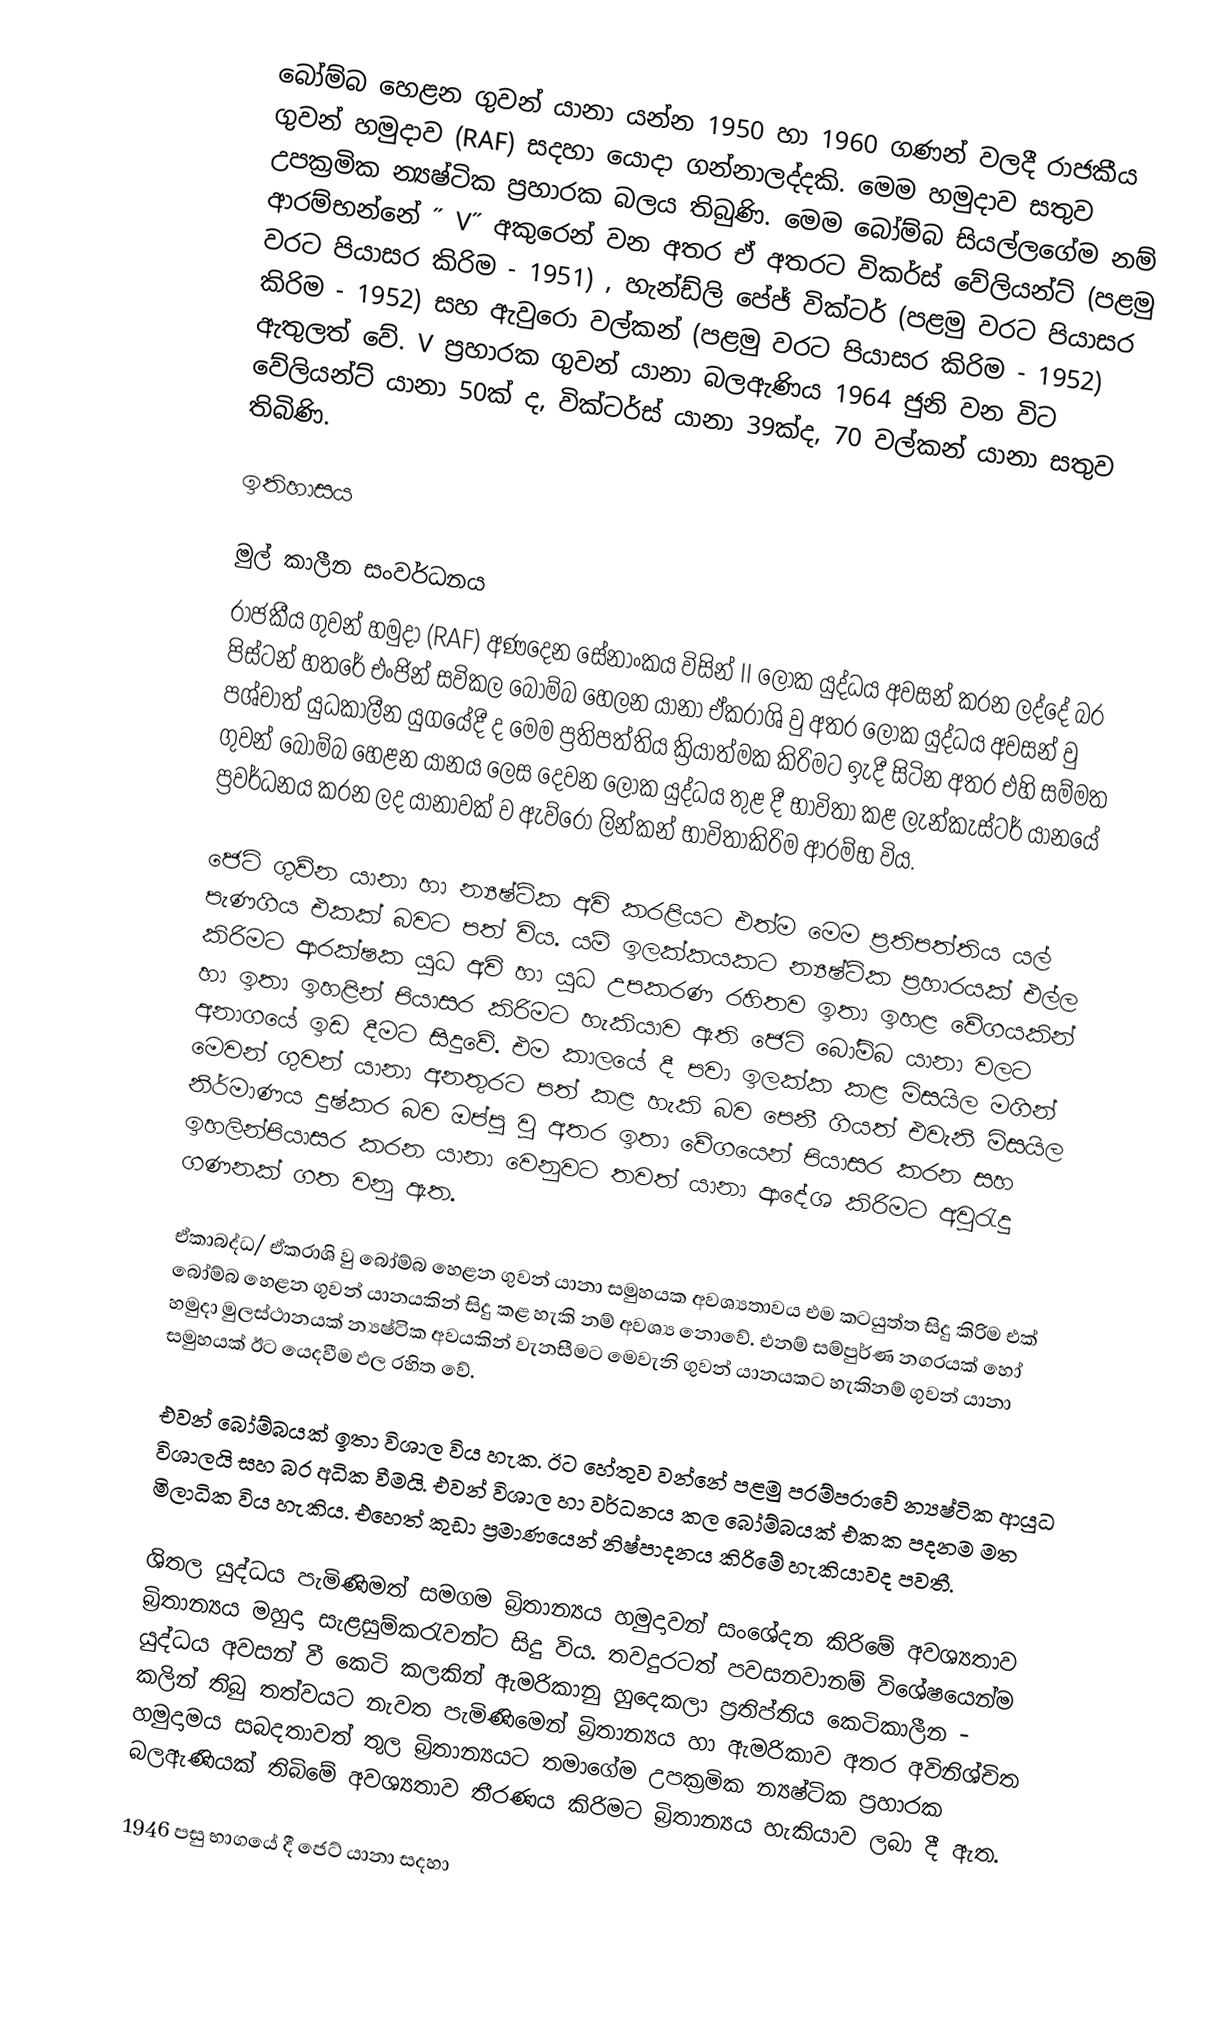
බෝම්බ හෙළන ගුවන් යානා යන්න 1950 හා 1960 ගණන් වලදී රාජකීය ගුවන් හමුදාව (RAF) සදහා යොදා ගන්නාලද්දකි. මෙම හමුදාව සතුව උපක්‍රමික න්‍යෂ්ටික ප්‍රහාරක බලය තිබුණි. මෙම බෝම්බ සියල්ලගේම නම් ආරම්භන්නේ ˝ V˝ අකුරෙන් වන අතර ඒ අතරට විකර්ස් වේලියන්ට් (පළමු වරට පියාසර කිරිම - 1951) , හැන්ඩ්ලි පේජ්  වික්ටර් (පළමු වරට පියාසර කිරිම - 1952) සහ ඇවුරො වල්කන් (පළමු වරට පියාසර කිරිම - 1952)  ඇතුලත් වේ. V ප්‍රහාරක ගුවන් යානා බලඇණිය 1964 ජුනි වන විට වේලියන්ට් යානා 50ක් ද, වික්ටර්ස් යානා 39ක්ද, 70 වල්කන් යානා සතුව තිබිණි.

ඉතිහාසය

මුල් කාලීන සංවර්ධනය
රාජකීය ගුවන් හමුදා (RAF) අණදෙන සේනාංකය විසින් II ලෝක යුද්ධය අවසන් කරන ලද්දේ බර පිස්ටන් හතරේ එංජින් සවිකල බෝම්බ හෙලන යානා ඒකරාශි වු අතර ලෝක යුද්ධය අවසන් වු පශ්චාත් යුධකාලීන යුගයේදී ද මෙම ප්‍රතිපත්තිය ක්‍රියාත්මක කිරිමට ඉැදී සිටින අතර එහි සම්මත ගුවන් බෝම්බ හෙළන යානය ලෙස දෙවන ලෝක යුද්ධය තුළ දී භාවිතා කළ ලැන්කැස්ටර් යානයේ ප්‍රවර්ධනය කරන ලද යානාවක් ව ඇව්රෝ ලින්කන් භාවිතාකිරිම ආරම්භ විය.

ජෙට් ගුව්න යානා හා න්‍යෂ්ටික අවි කරළියට එත්ම මෙම ප්‍රතිපත්තිය යල් පැණගිය එකක් බවට පත් විය. යම් ඉලක්කයකට න්‍යෂ්ටික ප්‍රහාරයක් එල්ල කිරිමට ආරක්ෂක යුධ අවි හා යුධ උපකරණ රහිතව ඉතා ඉහළ වේගයකින් හා ඉතා ඉහළින් පියාසර කිරිමට හැකියාව ඇති ජෙට් බෝම්බ යානා වලට අනාගයේ ඉඩ දීමට සිදුවේ. එම කාලයේ දී පවා ඉලක්ක කළ මිසයිල මගින් මෙවන් ගුවන් යානා අනතුරට පත් කළ හැකි බව පෙනී ගියත් එවැනි මිසයිල නිර්මාණය දුෂ්කර බව ඔප්පු වු අතර ඉතා වේගයෙන් පියාසර කරන සහ ඉහලින්පියාසර කරන යානා වෙනුවට තවත් යානා ආදේශ කිරිමට අවුරැදු ගණනක් ගත වනු ඇත.

ඒකාබද්ධ/ ඒකරාශි වු බෝම්බ හෙළන ගුවන් යානා සමුහයක අවශ්‍යතාවය එම කටයුත්ත සිදු කිරිම එක් බෝම්බ හෙළන ගුවන් යානයකින් සිදු කළ හැකි නම් අවශ්‍ය නොවේ. එනම් සම්පුර්ණ නගරයක් හෝ හමුදා මුලස්ථානයක් න්‍යෂ්ටික අවයකින් වැනසීමට මෙවැනි ගුවන් යානයකට හැකිනම් ගුවන් යානා සමුහයක් ඊට යෙදවීම ඵල රහිත වේ.

එවන් බෝම්බයක් ඉතා විශාල විය හැක. ඊ‍ට හේතුව වන්නේ පළමු පරම්පරාවේ න්‍යෂ්ටික ආයුධ විශාලයි සහ බර අධික වීමයි. එවන් විශාල හා වර්ධනය කල බෝම්බයක් එකක පදනම මත මිලාධික විය හැකිය. එහෙත් කුඩා ප්‍රමාණයෙන් නිෂ්පාදනය කිරිමේ හැකියාවද පවතී.

ශිතල යුද්ධය පැමිණිමත් සමගම බ්‍රිතාන්‍යය හමුදාවන් සංශේදන කිරිමේ අවශ්‍යතාව බ්‍රිතාන්‍යය මහුදා සැළසුම්කරැවන්ට සිදු විය. තවදුරටත් පවසනවානම් විශේෂයෙන්ම යුද්ධය අවසන් වී කෙටි කලකින් ඇමරිකානු හුදෙකලා ප්‍රතිප්තිය කෙටිකාලීන  - කලින් තිබු තත්වයට නැවත පැමිණිමෙන් බ්‍රිතාන්‍යය හා ඇමරිකාව අතර අවිනිශ්චිත හමුදාමය සබදතාවත් තුල බ්‍රිතාන්‍යයට තමාගේම උපක්‍රමික න්‍යෂ්ටික ප්‍රහාර‍ක බලඇණියක් තිබිමේ අවශ්‍යතාව තීරණය කිරිමට බ්‍රිතාන්‍යය හැකියාව ලබා දී ඇත.

1946 පසු භාගයේ දී ජෙට් යානා සදහා